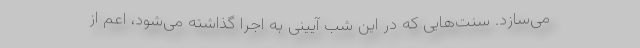
می­‌سازد. سنت‌هایی که در این شب آیینی به اجرا گذاشته می‌شود، اعم از